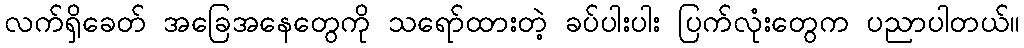
လက်ရှိခေတ် အခြေအနေတွေကို သရော်ထားတဲ့ ခပ်ပါးပါး ပြက်လုံးတွေက ပညာပါတယ်။